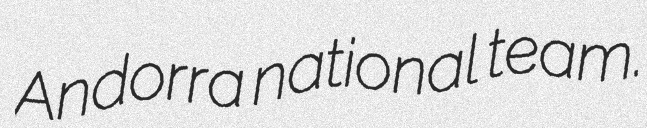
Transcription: Andorra national team.